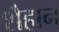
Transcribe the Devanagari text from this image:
शैहान